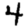
Digit: 4